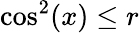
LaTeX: \cos^{2}(x)\le r